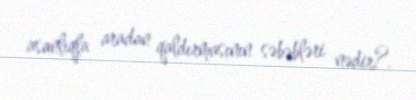
asanlıqla aradan qaldırmasının səbəbləri nədir?.